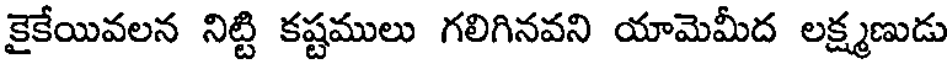
కైకేయివలన నిట్టి కష్టములు గలిగినవని యామెమీద లక్ష్మణుడు